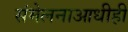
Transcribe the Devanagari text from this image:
संमेलनाआधीही